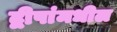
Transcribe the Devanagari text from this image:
द्वीपांमधील